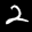
Label: 2